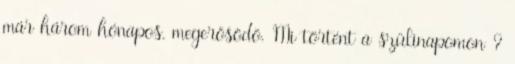
már három hónapos, megerősödö. Mi történt a szülinapomon ?